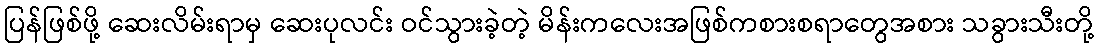
ပြန်ဖြစ်ဖို့ ဆေးလိမ်းရာမှ ဆေးပုလင်း ဝင်သွားခဲ့တဲ့ မိန်းကလေးအဖြစ်ကစားစရာတွေအစား သခွားသီးတို့